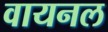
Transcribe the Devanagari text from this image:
वायनल